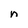
Character: n